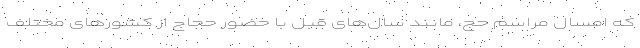
که امسال مراسم حج، مانند سال‌های قبل با حضور حجاج از کشورهای مختلف